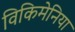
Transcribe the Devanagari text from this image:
विकिमेनिया